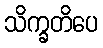
သိက္ခတိပေ